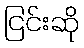
ငြင်းဆို